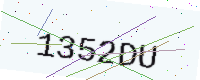
Text: 1352DU